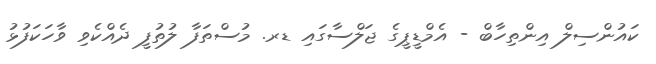
ކައުންސިލް އިންތިހާބް - އެމްޑީޕީގެ ޖަލްސާގައި ޑރ. މުސްތަފާ ލުތުފީ ދެއްކެވި ވާހަކަފުޅު